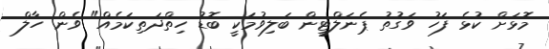
މޮޅަށް ކުޅެ ފަހު ވަގުތު ޕެނަލްޓީން ބަލިވުމަކީ ބޮޑު ހިތްދަތިކަމެއް" ވެން ހާލް